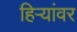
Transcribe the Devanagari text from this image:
हिऱ्यांवर